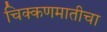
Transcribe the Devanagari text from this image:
चिक्कणमातीचा